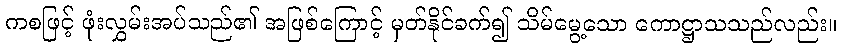
ကစဖြင့် ဖုံးလွှမ်းအပ်သည်၏ အဖြစ်ကြောင့် မှတ်နိုင်ခက်၍ သိမ်မွေ့သော ကောဋ္ဌာသသည်လည်း။